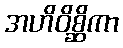
အဟိဝိစ္ဆိကာ